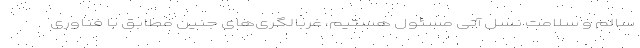
سالم و سلامت نسل آتی مسئول هستیم، غربالگری‌های جنین مطابق با فناوری